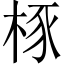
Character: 㭬